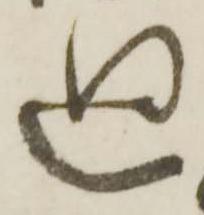
廻